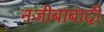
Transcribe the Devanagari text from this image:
नजीबाबादी